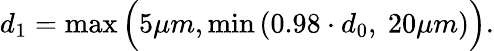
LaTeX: d_{1}=\operatorname*{max}\Big(5\mu m,\operatorname*{min}\left(0.98\cdot d_{0},\ 20\mu m\right)\Big).